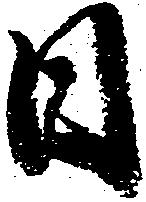
日